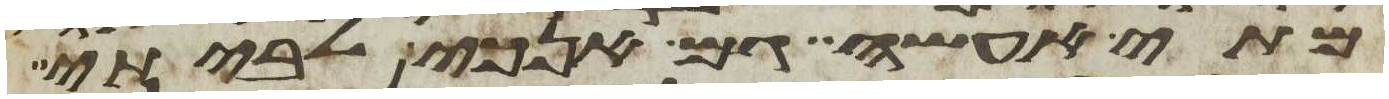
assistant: מתי אעשה גם אנכי לביתי